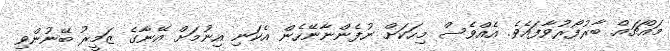
މައްޗައް ބާރުފޯރުވާފައެވެ. އެއްވެސް މިހަކަށް ނުފެންނާނޭހެން އެކަނި އިނުމަށް އޭނާގެ ޒަމީރު ބޭނުންވި